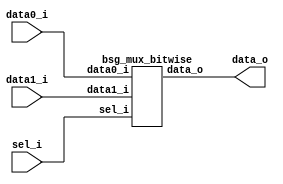


module top
(
  data0_i,
  data1_i,
  sel_i,
  data_o
);

  input [15:0] data0_i;
  input [15:0] data1_i;
  input [15:0] sel_i;
  output [15:0] data_o;

  bsg_mux_bitwise
  wrapper
  (
    .data0_i(data0_i),
    .data1_i(data1_i),
    .sel_i(sel_i),
    .data_o(data_o)
  );


endmodule



module bsg_mux_segmented_segments_p16_segment_width_p1
(
  data0_i,
  data1_i,
  sel_i,
  data_o
);

  input [15:0] data0_i;
  input [15:0] data1_i;
  input [15:0] sel_i;
  output [15:0] data_o;
  wire [15:0] data_o;
  wire N0,N1,N2,N3,N4,N5,N6,N7,N8,N9,N10,N11,N12,N13,N14,N15,N16,N17,N18,N19,N20,N21,
  N22,N23,N24,N25,N26,N27,N28,N29,N30,N31;
  assign data_o[0] = (N0)? data1_i[0] : 
                     (N16)? data0_i[0] : 1'b0;
  assign N0 = sel_i[0];
  assign data_o[1] = (N1)? data1_i[1] : 
                     (N17)? data0_i[1] : 1'b0;
  assign N1 = sel_i[1];
  assign data_o[2] = (N2)? data1_i[2] : 
                     (N18)? data0_i[2] : 1'b0;
  assign N2 = sel_i[2];
  assign data_o[3] = (N3)? data1_i[3] : 
                     (N19)? data0_i[3] : 1'b0;
  assign N3 = sel_i[3];
  assign data_o[4] = (N4)? data1_i[4] : 
                     (N20)? data0_i[4] : 1'b0;
  assign N4 = sel_i[4];
  assign data_o[5] = (N5)? data1_i[5] : 
                     (N21)? data0_i[5] : 1'b0;
  assign N5 = sel_i[5];
  assign data_o[6] = (N6)? data1_i[6] : 
                     (N22)? data0_i[6] : 1'b0;
  assign N6 = sel_i[6];
  assign data_o[7] = (N7)? data1_i[7] : 
                     (N23)? data0_i[7] : 1'b0;
  assign N7 = sel_i[7];
  assign data_o[8] = (N8)? data1_i[8] : 
                     (N24)? data0_i[8] : 1'b0;
  assign N8 = sel_i[8];
  assign data_o[9] = (N9)? data1_i[9] : 
                     (N25)? data0_i[9] : 1'b0;
  assign N9 = sel_i[9];
  assign data_o[10] = (N10)? data1_i[10] : 
                      (N26)? data0_i[10] : 1'b0;
  assign N10 = sel_i[10];
  assign data_o[11] = (N11)? data1_i[11] : 
                      (N27)? data0_i[11] : 1'b0;
  assign N11 = sel_i[11];
  assign data_o[12] = (N12)? data1_i[12] : 
                      (N28)? data0_i[12] : 1'b0;
  assign N12 = sel_i[12];
  assign data_o[13] = (N13)? data1_i[13] : 
                      (N29)? data0_i[13] : 1'b0;
  assign N13 = sel_i[13];
  assign data_o[14] = (N14)? data1_i[14] : 
                      (N30)? data0_i[14] : 1'b0;
  assign N14 = sel_i[14];
  assign data_o[15] = (N15)? data1_i[15] : 
                      (N31)? data0_i[15] : 1'b0;
  assign N15 = sel_i[15];
  assign N16 = ~sel_i[0];
  assign N17 = ~sel_i[1];
  assign N18 = ~sel_i[2];
  assign N19 = ~sel_i[3];
  assign N20 = ~sel_i[4];
  assign N21 = ~sel_i[5];
  assign N22 = ~sel_i[6];
  assign N23 = ~sel_i[7];
  assign N24 = ~sel_i[8];
  assign N25 = ~sel_i[9];
  assign N26 = ~sel_i[10];
  assign N27 = ~sel_i[11];
  assign N28 = ~sel_i[12];
  assign N29 = ~sel_i[13];
  assign N30 = ~sel_i[14];
  assign N31 = ~sel_i[15];

endmodule



module bsg_mux_bitwise
(
  data0_i,
  data1_i,
  sel_i,
  data_o
);

  input [15:0] data0_i;
  input [15:0] data1_i;
  input [15:0] sel_i;
  output [15:0] data_o;
  wire [15:0] data_o;

  bsg_mux_segmented_segments_p16_segment_width_p1
  mux_segmented
  (
    .data0_i(data0_i),
    .data1_i(data1_i),
    .sel_i(sel_i),
    .data_o(data_o)
  );


endmodule